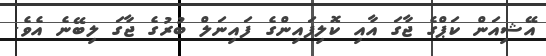
އޭޝިއަން ކަޕްގެ ޖާގަ އާއި ކޮލިފައިންގެ ފައިނަލް ބުރުގެ ޖާގަ ލިބޭނެ އެވެ.